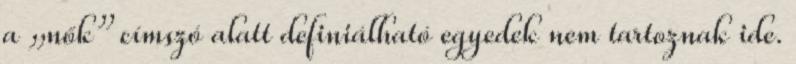
a „nők” címszó alatt definiálható egyedek nem tartoznak ide.